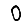
Digit: 0